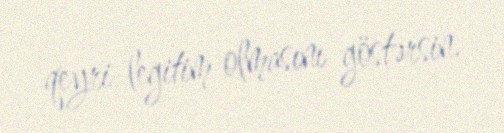
qeyri-legitim olmasını göstərsin.